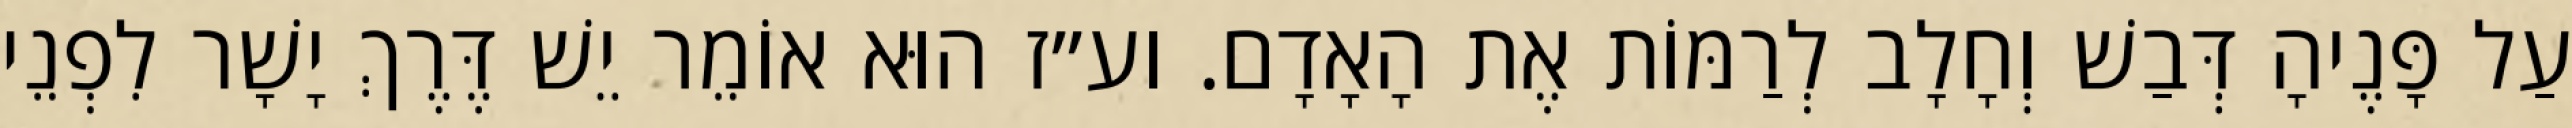
עַל פָּנֶיהָ דְּבַשׁ וְחָלָב לְרַמּוֹת אֶת הָאָדָם. וע״ז הוּא אוֹמֵר יֵשׁ דֶּרֶךְ יָשָׁר לִפְנֵי